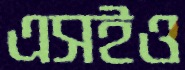
এসইও